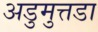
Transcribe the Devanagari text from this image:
अडुमुत्तडा